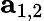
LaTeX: \mathbf{a}_{1,2}